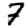
Digit: 7